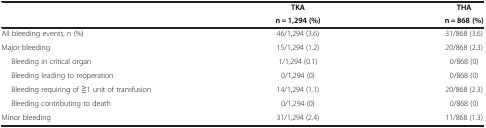
<table><thead><tr><td rowspan="2"><b> </b></td><td><b>TKA</b></td><td><b>THA</b></td></tr><tr><td><b>n = 1,294 (%)</b></td><td><b>n = 868 (%)</b></td></tr></thead><tbody><tr><td>All bleeding events, n (%)</td><td>46/1,294 (3.6)</td><td>31/868 (3.6)</td></tr><tr><td>Major bleeding</td><td>15/1,294 (1.2)</td><td>20/868 (2.3)</td></tr><tr><td>Bleeding in critical organ</td><td>1/1,294 (0.1)</td><td>0/868 (0)</td></tr><tr><td>Bleeding leading to reoperation</td><td>0/1,294 (0)</td><td>0/868 (0)</td></tr><tr><td>Bleeding requiring of ≧1 unit of transfusion</td><td>14/1,294 (1.1)</td><td>20/868 (2.3)</td></tr><tr><td>Bleeding contributing to death</td><td>0/1,294 (0)</td><td>0/868 (0)</td></tr><tr><td>Minor bleeding</td><td>31/1,294 (2.4)</td><td>11/868 (1.3)</td></tr></tbody></table>